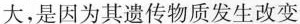
大，是因为其遗传物质发生改变